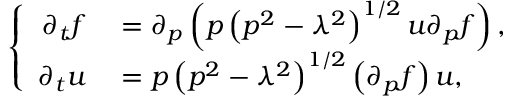
\left\{ \begin{array} { r l } { \partial _ { t } f } & { { } = \partial _ { p } \left( p \left( p ^ { 2 } - \lambda ^ { 2 } \right) ^ { 1 / 2 } u \partial _ { p } f \right) , } \\ { \partial _ { t } u } & { { } = p \left( p ^ { 2 } - \lambda ^ { 2 } \right) ^ { 1 / 2 } \left( \partial _ { p } f \right) u , } \end{array} \right.